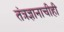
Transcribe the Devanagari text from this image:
तंत्रज्ञानाचीही